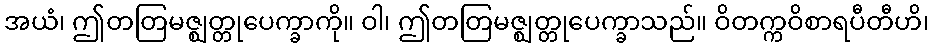
အယံ၊ ဤတတြမဇ္ဈတ္တုပေက္ခာကို။ ဝါ၊ ဤတတြမဇ္ဈတ္တုပေက္ခာသည်။ ဝိတက္ကဝိစာရပီတီဟိ၊